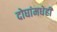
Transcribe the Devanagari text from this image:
दोघांमधेही